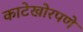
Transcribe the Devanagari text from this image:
काटेखोरपणे